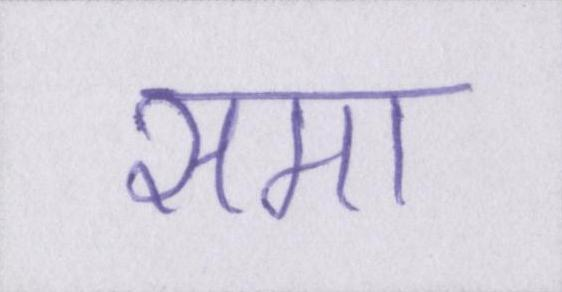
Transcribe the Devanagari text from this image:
समा